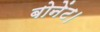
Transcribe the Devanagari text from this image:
बोनेंट।